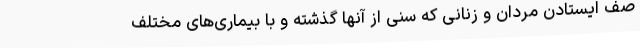
صف ایستادن مردان و زنانی که سنی از آنها گذشته و با بیماری‌های مختلف